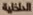
الداخلية